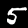
Label: 5